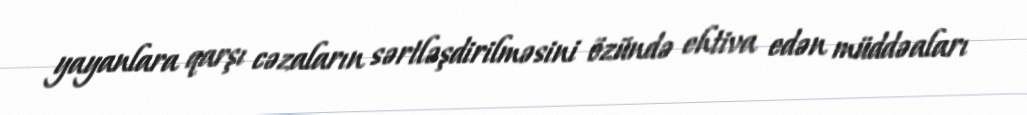
yayanlara qarşı cəzaların sərtləşdirilməsini özündə ehtiva edən müddəaları